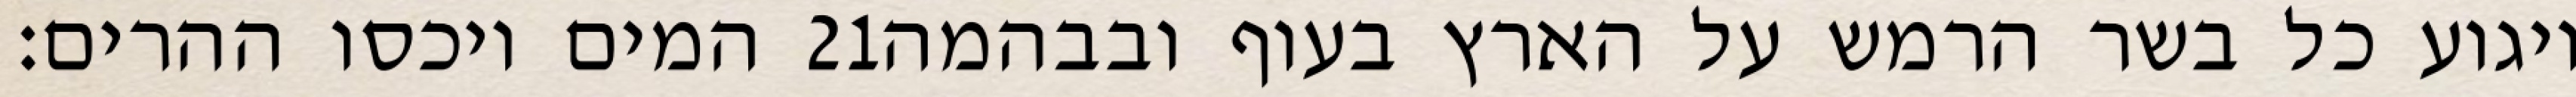
המים ויכסו ההרים׃ ‎21‏ ויגוע כל בשר הרמש על הארץ בעוף ובבהמה